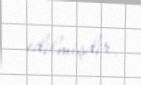
edilmişdir.